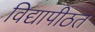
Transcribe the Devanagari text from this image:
विद्यापीठत